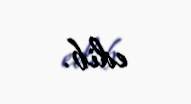
edib.